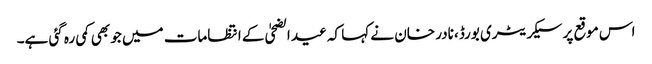
اس موقع پر سیکریٹری بورڈ، نادر خان نے کہا کہ عید الضحیٰ کے انتظامات میں جو بھی کمی رہ گئی ہے۔